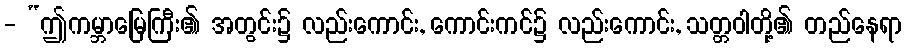
- “ဤကမ္ဘာမြေကြီး၏ အတွင်း၌ လည်းကောင်း, ကောင်းကင်၌ လည်းကောင်း, သတ္တဝါတို့၏ တည်နေရာ